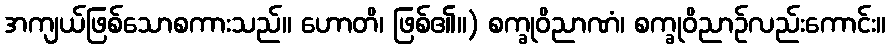
အကျယ်ဖြစ်သောစကားသည်။ ဟောတိ၊ ဖြစ်၏။) စက္ခုဝိညာဏံ၊ စက္ခုဝိညာဉ်လည်းကောင်း။